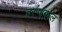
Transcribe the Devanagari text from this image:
हरप्पाकाल